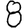
Digit: 8